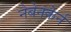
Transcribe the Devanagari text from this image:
नेबेनकेर्न